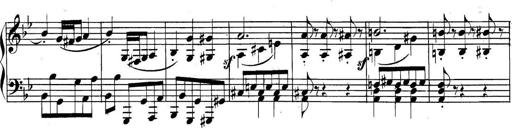
Title: Collected Piano Sonatas
Composer: Muzio Clementi